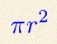
\pi r^2